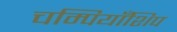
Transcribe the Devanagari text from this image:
चम्पियाँशिप